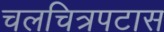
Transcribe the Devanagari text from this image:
चलचित्रपटास